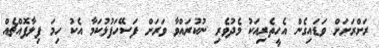
ރަށްރަށަށް ވަޑައިގެން އެހީތެރިއަކު މެދުވެރި ނުކުރައްވާ ވަރަށް ފަސޭހަފުޅުކަމާ އެކު ހިމަ ފިލާފޮއްޗެއް